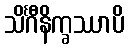
သိင်္ဂီနိက္ခဿာပိ